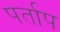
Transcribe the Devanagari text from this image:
पर्ताप